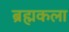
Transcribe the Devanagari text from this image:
ब्रह्मकला